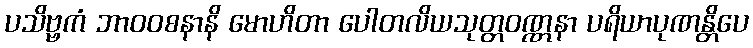
ပသိဗ္ဗကံ ဘာဝဝစနာနိ မောဟိတာ ပေါတလိယသုတ္တဝဏ္ဏနာ ပရိယာပုဏန္တိပေ